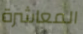
المعاشرة